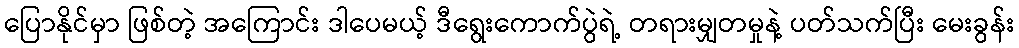
ပြောနိုင်မှာ ဖြစ်တဲ့ အကြောင်း ဒါပေမယ့် ဒီရွေးကောက်ပွဲရဲ့ တရားမျှတမှုနဲ့ ပတ်သက်ပြီး မေးခွန်း